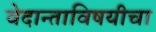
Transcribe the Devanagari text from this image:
वेदान्ताविषयीचा